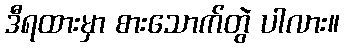
ဒီရထားမှာ စားသောက်တွဲ ပါလား။